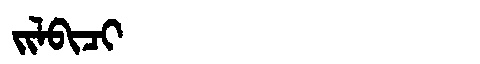
Manchu: ᠵᡳᠯᠪᡳᠴᡳ
Romanization: JILBICI